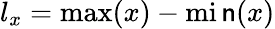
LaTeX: l_{x}=\operatorname*{max}(x)-\operatorname*{mi\mathsf{n}}(x)